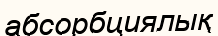
абсорбциялық